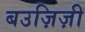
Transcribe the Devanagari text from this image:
बउज़िज़ी